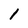
Character: 1